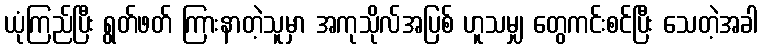
ယုံကြည်ပြီး ရွတ်ဖတ် ကြားနာတဲ့သူမှာ အကုသိုလ်အပြစ် ဟူသမျှ တွေကင်းစင်ပြီး သေတဲ့အခါ